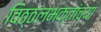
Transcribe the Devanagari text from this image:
विठ्ठलभक्तांच्या